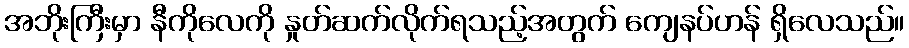
အဘိုးကြီးမှာ နီကိုလေကို နှုတ်ဆက်လိုက်ရသည့်အတွက် ကျေနပ်ဟန် ရှိလေသည်။